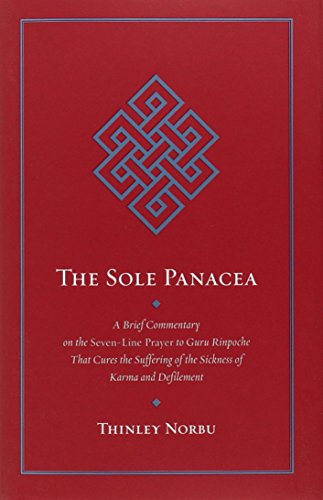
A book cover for The Sole Panacea: A Brief Commentary on the Seven-Line Prayer to Guru Rinpoche That Cures the Suffering of the Sickness of Karma and Defilement; Thinley Norbu; Religion & Spirituality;